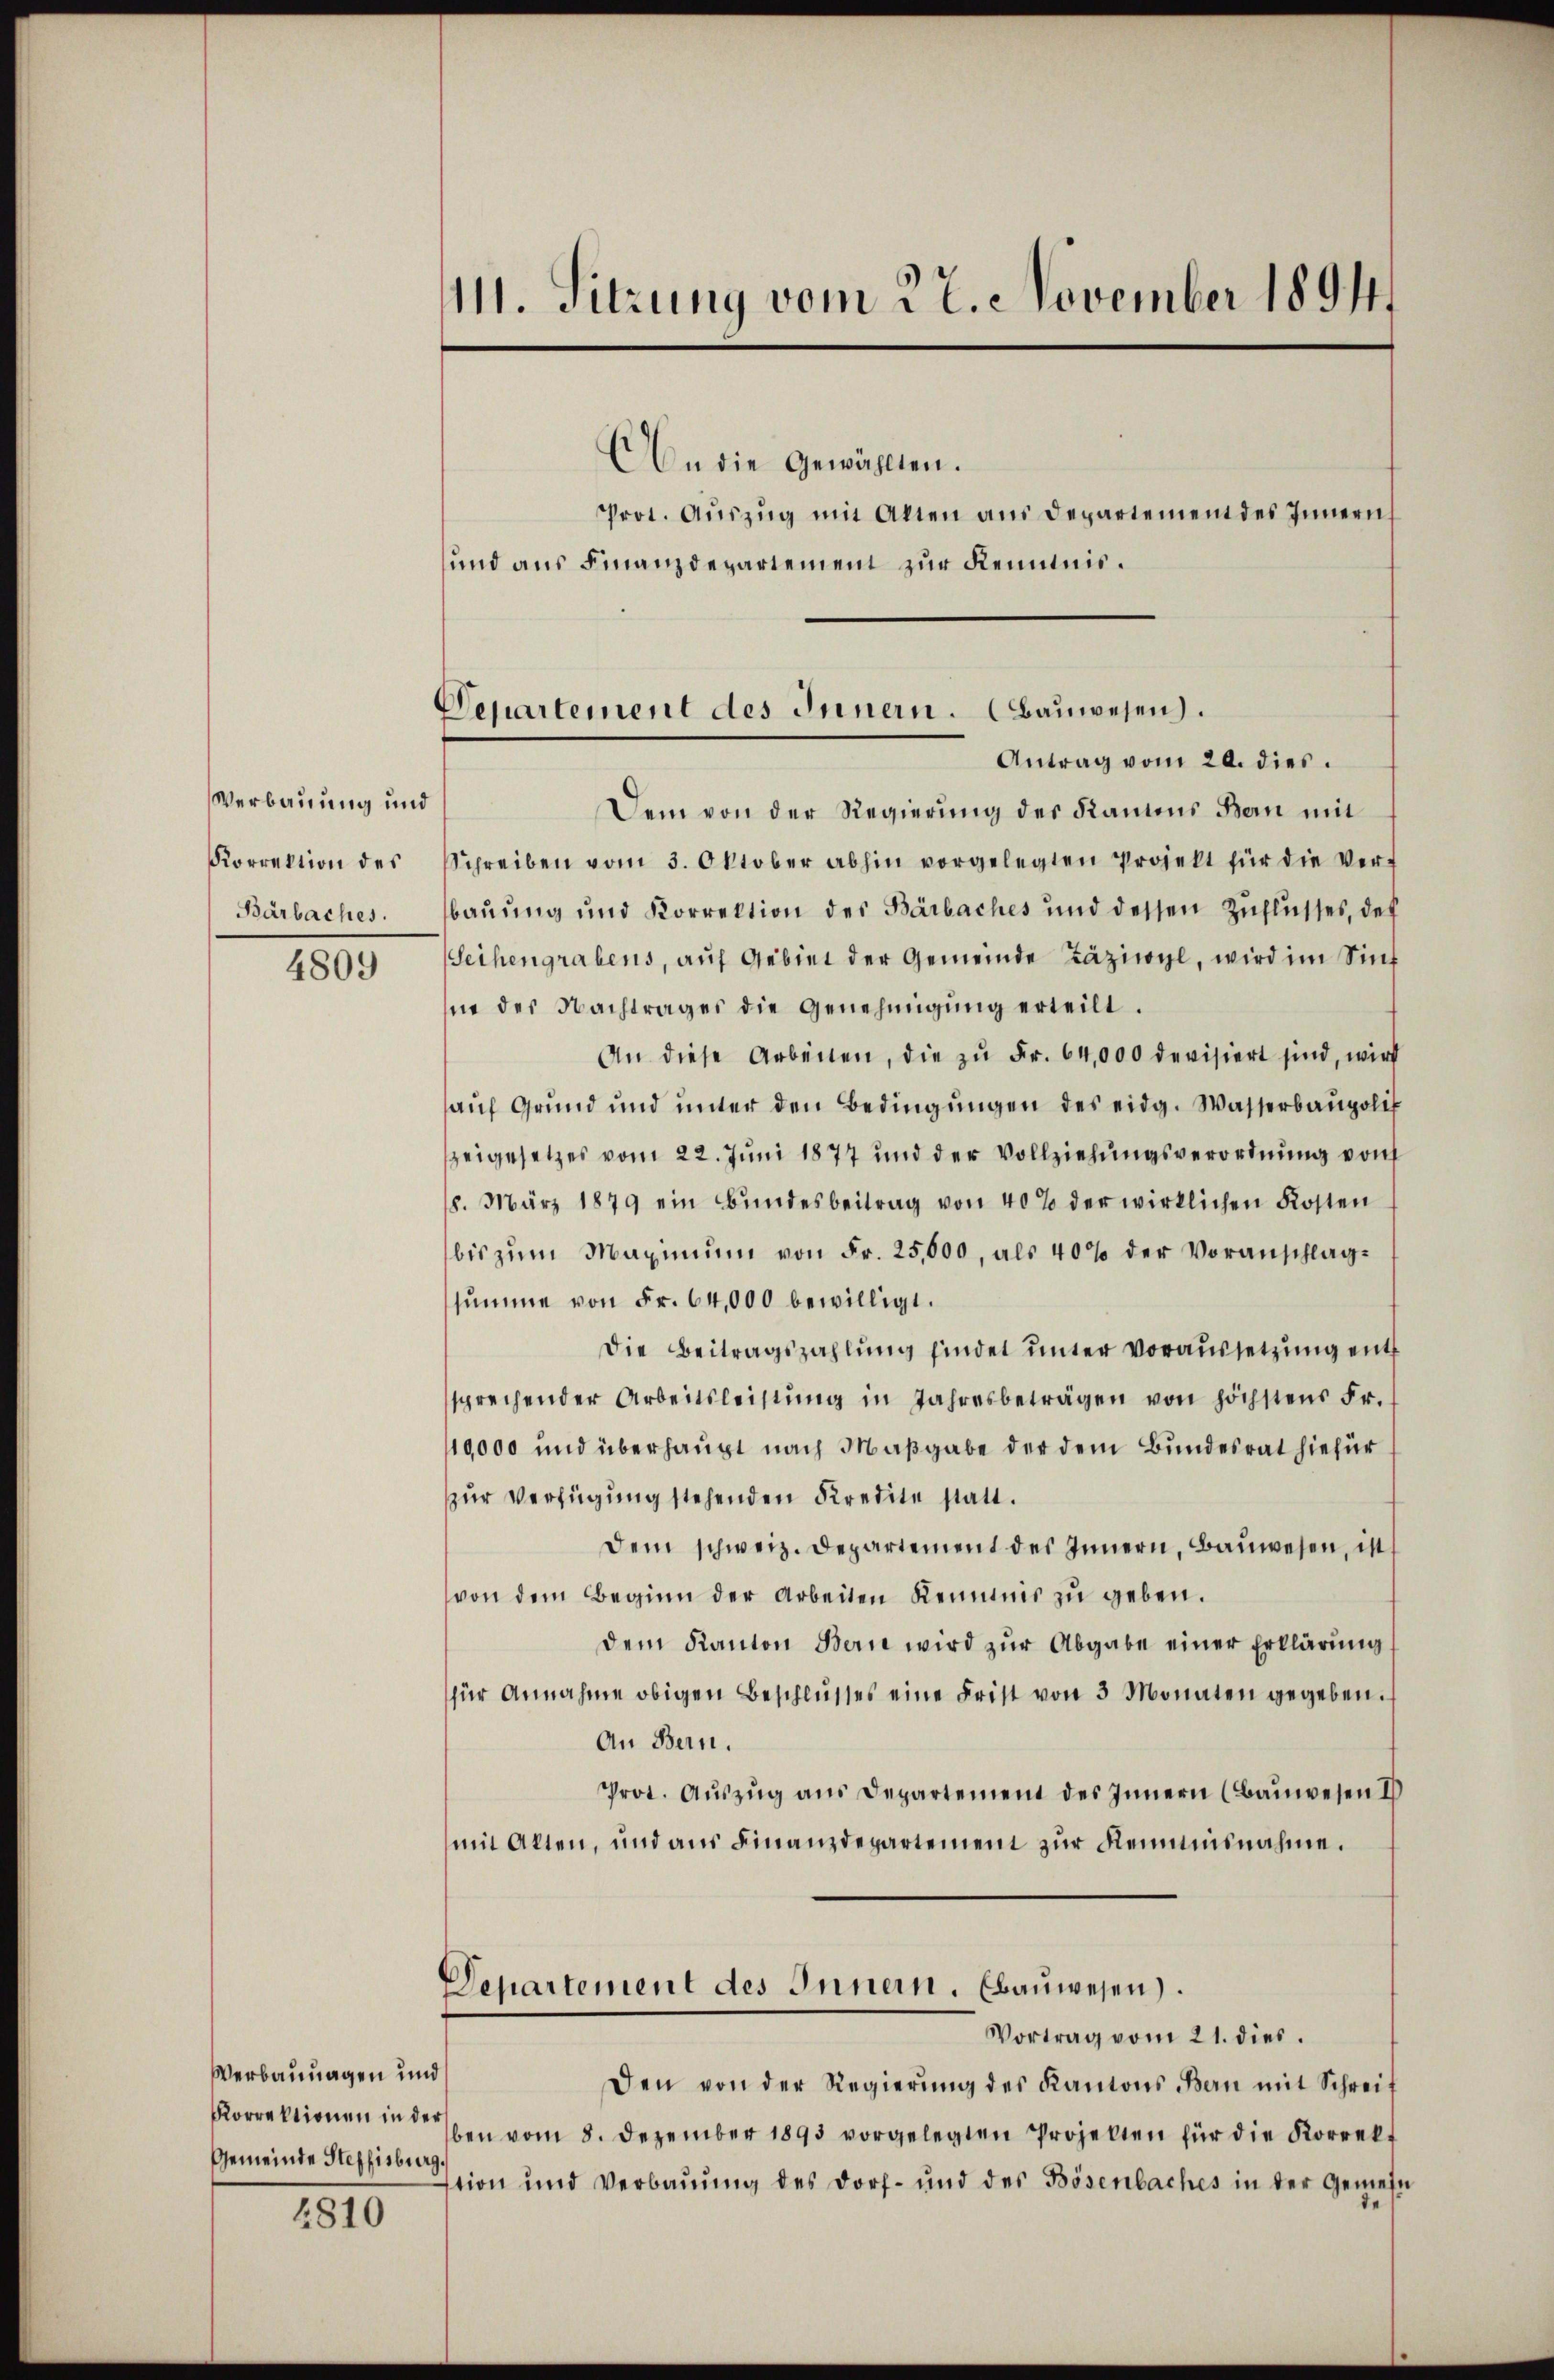
Verbauung und
Korrektion des
Barbaches.

4809

Verbauungen und
Korrektionen in der
Gemeinde Steffisburg

2810

111. Sitzung vom 27. November 1891

An die Gewählten.
Prot. Aŭszŭg mit Alten aus Departement des Innern
und aus Finanzdepartement zur Kenntnis¬

Departement des Innern. (Bauwesen.
Antrag vom 20. dies.

Dem von der Regierung des Kamens Bern mit
Schreiben vom 3. Oktober abhin vorgelegten Projekt für die Verf
bauung und Korrektion des Barbaches und dessen Zuflusses, des
Seihengrabens, auf Gebiet der Gemeinde Zäziwyl, wird im Sint
in der Nachtrages die Genehmigŭng erteilt.
An diese Arbeiten, die zŭ Fr. 64,000 devisiert sind, wird
aŭf Grŭnd und ŭnter den Bedingŭngen des eidg. Wasserbaupoli
zeigesetzes vom 22. Juni 1877 und der Vollziehungsverordnung von
8. März 1879 ein Bŭndesbeitrag von 40% der wirklichen Kosten
bis zŭm Maximŭm von Fr. 25,000, als 40% der Voranschlagsŭmme von Fr. 64,000 bewilligt.
Die Beitragszahlung findet unter Voraussetzung entsprechender Arbeitsleistŭng in Jahresbeträgen von höchstens Fr.
10,000 und überhaupt nach Maßgabe der dem Bundesrat hiefür
zur Verfügung stehenden Kredite statt.
dem schweiz. Departement des Innern, Baŭwesen, ist
von dem Beginn der Arbeiten Kenntnis zŭ geben.
dem Kanton Bern wird zŭr Abgabe einer Erklärung
für Annahme obigen Beschlŭsses eine Frist von 3 Monaten gegeben.
An Bern.
Prot. Aŭszŭg ans Departement des Innern (Bauwesen I
mit Alten, und aus Finanzdepartement zur Reimnisnahme.
Departement des Innern. Ebauwesen.
Vortrag vom 21. dies.
Den von der Regierŭng des Kantons Bern mit Schreif
ben vom 8. Dezember 1893 vorgelegten Projekten für die Korrekt
tion und Verbauung des Dorf- und des Bösenbaches in der Gemein